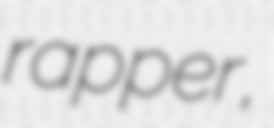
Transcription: rapper,